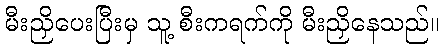
မီးညှိပေးပြီးမှ သူ့ စီးကရက်ကို မီးညှိနေသည်။